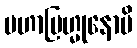
မဟာဗြဟ္မုနောပိ